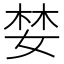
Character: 婪